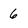
Character: 6